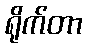
ရိုက်တာ